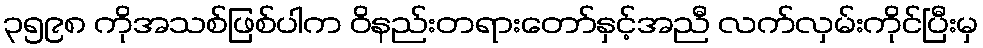
၃၅၉၈ ကိုအသစ်ဖြစ်ပါက ဝိနည်းတရားတော်နှင့်အညီ လက်လှမ်းကိုင်ပြီးမှ